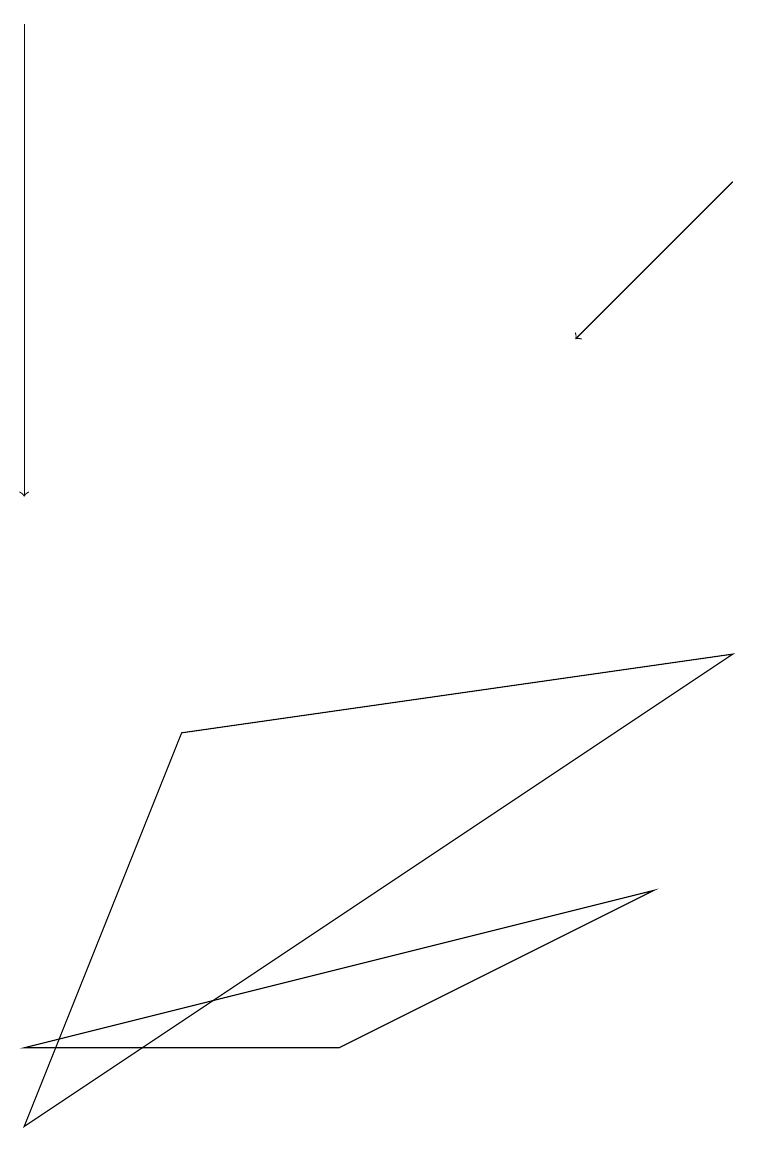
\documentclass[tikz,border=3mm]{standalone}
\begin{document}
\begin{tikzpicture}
\draw[->] (9,14) -- (7,12);
\draw (9,8) -- (2,7) -- (0,2) -- cycle;
\draw (4,3) -- (8,5) -- (0,3) -- cycle;
\draw[->] (0,16) -- (0,10);
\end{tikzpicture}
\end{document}